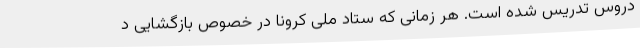
دروس تدریس شده است. هر زمانی که ستاد ملی کرونا در خصوص بازگشایی د